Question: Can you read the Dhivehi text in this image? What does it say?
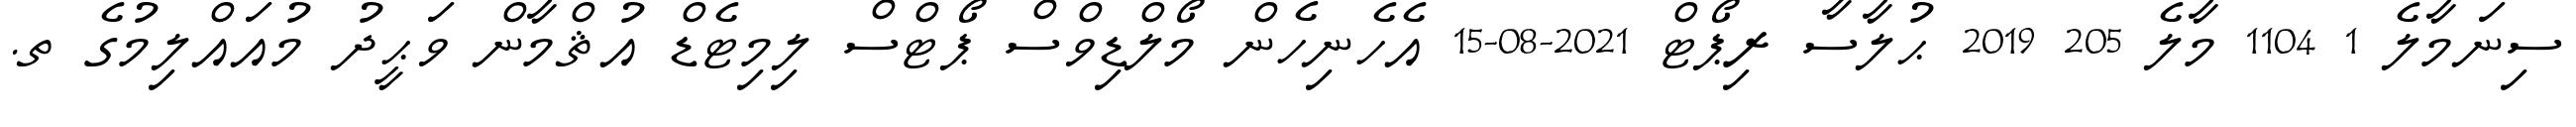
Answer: ސިނަމާލެ 1 1104 މާލެ 205 2019 ޙުލާސާ ރިޕޯޓް 2021-08-15 އެހެނިހެން މޯލްޑިވްސް ޕޯޓްސް ލިމިޓެޑް އުޘްމާން ވަޙީދު މުއައްލިމުގެ ތ.